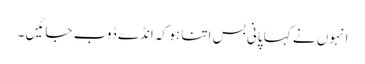
انہوں نے کہا پانی بس اتنا ہو کہ انڈے ڈوب جائیں ۔